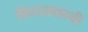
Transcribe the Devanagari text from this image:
विभाजकाची